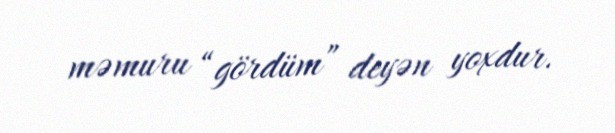
məmuru “gördüm” deyən yoxdur.